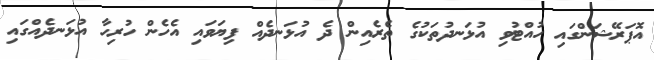
އޮޕަރޭޝަންގައި ހުއްޓުވި އުޅަނދުތަކުގެ ތެރެއިން ދެ އުޅަނދެއް ފިޔަވައި އެހެން ހުރިހާ އުޅަނދެއްގައި